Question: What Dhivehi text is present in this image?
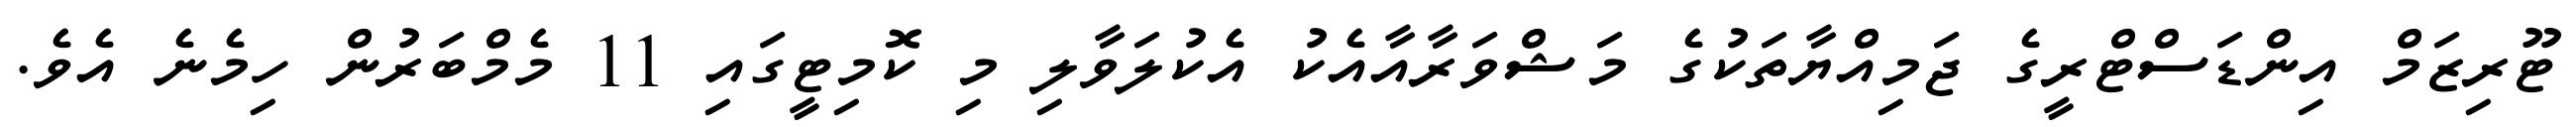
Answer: ޓޫރިޒަމް އިންޑަސްޓްރީގެ ޖަމިއްޔާތަކުގެ މަޝްވަރާއާއެކު އެކުލަވާލި މި ކޮމިޓީގައި 11 މެމްބަރުން ހިމެނެ އެވެ.